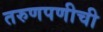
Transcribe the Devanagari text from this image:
तरुणपणीची